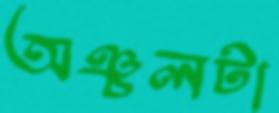
অঞ্চলটা